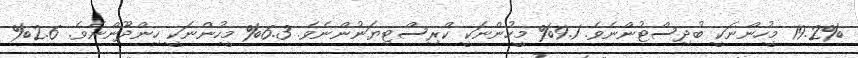
19.2% މީހުންނަކީ ބުދިސްޓުންނެވެ. 9.1% މީހުންނަކީ ކްރިސްޓިޔަނުންނެވެ. 6.3% މީހުންނަކީ ހިންދޫންނެވެ. 2.6%